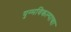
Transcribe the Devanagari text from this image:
युग्मविकल्पाचा